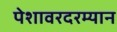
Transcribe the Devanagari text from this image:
पेशावरदरम्यान